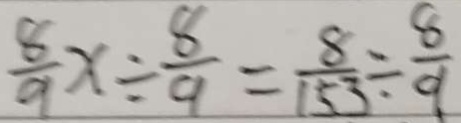
\frac { 8 } { 9 } x \div \frac { 8 } { 9 } = \frac { 8 } { 1 5 3 } \div \frac { 8 } { 9 }